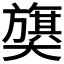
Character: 𫰁